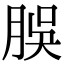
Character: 脵